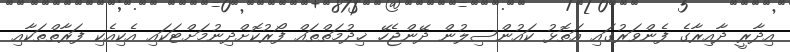
އިދާރީ ދާއިރާގެ ފެންވަރުގައި އަތޮޅު ކައުންސިލުން ދޭންޖެހޭ ޚިދުމަތްތައް ފޯރުކޮށްދިނުމަށްޓަކައި އެކިއެކި ފަރާތްތަކާއި